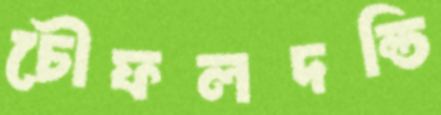
চৌফলদন্ডি